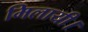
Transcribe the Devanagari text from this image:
मिलायी।